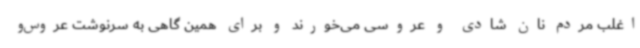
اغلب مردم نان شادی و عروسی می‌خورند و برای همین گاهی به سرنوشت عروس‌و